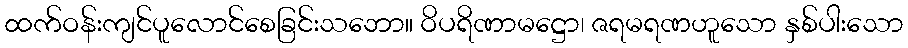
ထက်ဝန်းကျင်ပူလောင်စေခြင်းသဘော။ ဝိပရိဏာမဋ္ဌော၊ ဇရမရဏဟူသော နှစ်ပါးသော